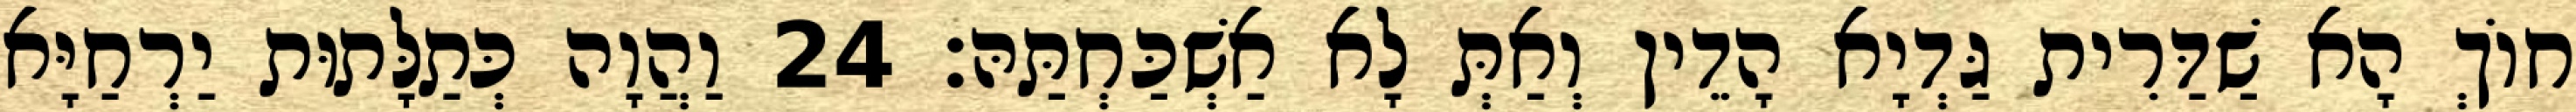
חוֹךְ הָא שַׁדַּרִית גַּדְיָא הָדֵין וְאַתְּ לָא אַשְׁכַּחְתַּהּ׃ 24 וַהֲוָה כְּתַלָּתוּת יַרְחַיָּא